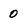
Character: 0